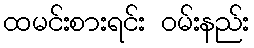
ထမင်းစားရင်း ဝမ်းနည်း